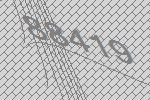
88419